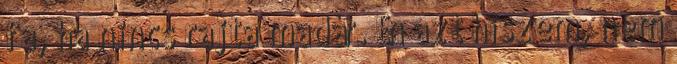
fa, ha nincs rajta madár. Én azt hiszem, nem